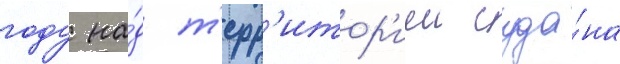
году на́д т'ерр'итор'иеи суда́на